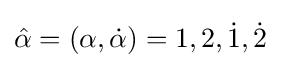
{\hat {\alpha }}=(\alpha ,{\dot {\alpha }})=1,2,{\dot {1}},{\dot {2}}